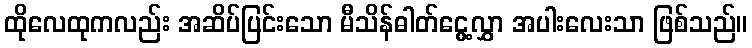
ထိုလေထုကလည်း အဆိပ်ပြင်းသော မီသိန်ဓါတ်ငွေ့လွှာ အပါးလေးသာ ဖြစ်သည်။